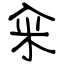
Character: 籴